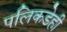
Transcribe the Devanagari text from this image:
पलिकडेही